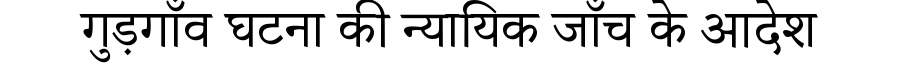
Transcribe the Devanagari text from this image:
गुड़गाँव घटना की न्यायिक जाँच के आदेश